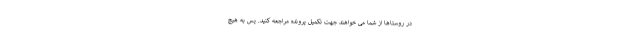
در روستاها از شما می خواهند جهت تکمیل پرونده مراجعه کنید. پس به هیچ